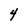
Character: 4